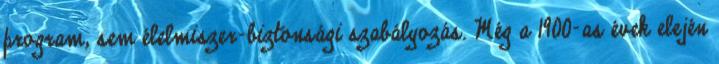
program, sem élelmiszer-biztonsági szabályozás. Még a 1900-as évek elején